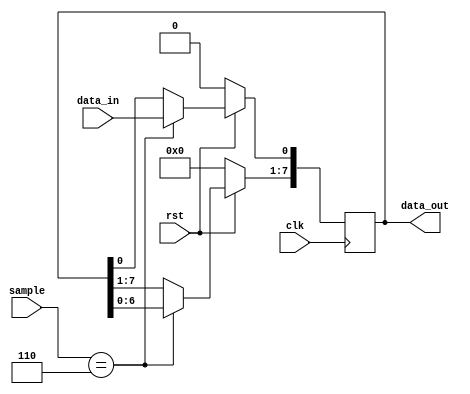
module serial_to_parallel(data_out, data_in, sample, clk, rst);
	output reg [7:0] data_out;
	input [3:0] sample;
	input data_in, clk, rst; 

	always @(posedge clk) begin
		if (!rst) begin
			data_out <= 8'b0;
		end else begin
			if (sample == 6) begin
				data_out <= data_out << 1;
				data_out[0] <= data_in;
			end
		end
	end
endmodule